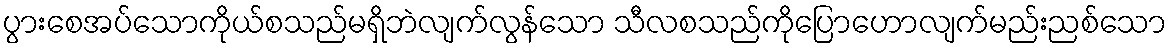
ပွားစေအပ်သောကိုယ်စသည်မရှိဘဲလျက်လွန်သော သီလစသည်ကိုပြောဟောလျက်မည်းညစ်သော